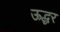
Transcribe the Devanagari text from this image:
ऊद्धर